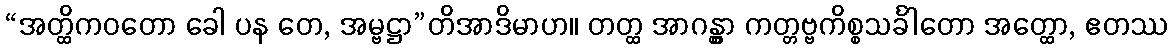
“အတ္ထိကဝတော ခေါ ပန တေ, အမ္ဗဋ္ဌာ”တိအာဒိမာဟ။ တတ္ထ အာဂန္တွာ ကတ္တဗ္ဗကိစ္စသင်္ခါတော အတ္ထော, ဧတဿ